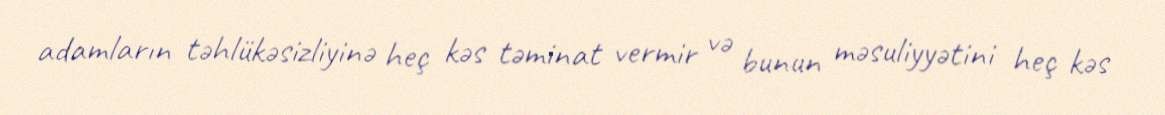
adamların təhlükəsizliyinə heç kəs təminat vermir və bunun məsuliyyətini heç kəs